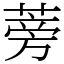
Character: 蒡